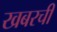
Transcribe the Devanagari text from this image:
खबरची